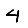
Digit: 4